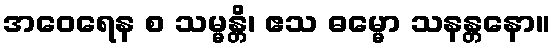
အဝေရေန စ သမ္မန္တိ၊ ဧသ ဓမ္မော သနန္တနော။